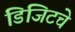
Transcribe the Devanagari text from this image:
डिजिटचे